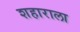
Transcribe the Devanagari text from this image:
शहाराला